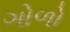
ગોળો